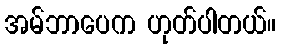
အမ်ဘာပေက ဟုတ်ပါတယ်။